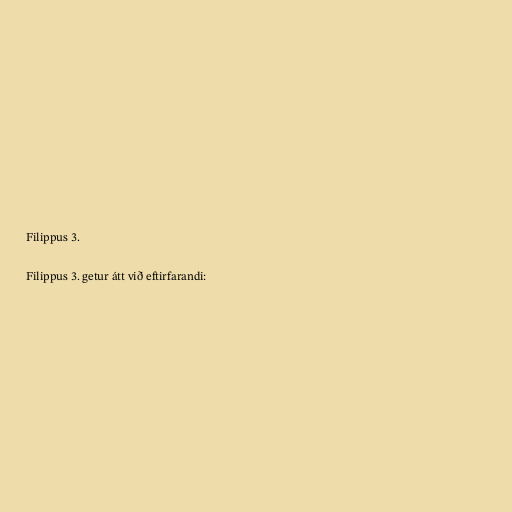
Filippus 3.

Filippus 3. getur átt við eftirfarandi: